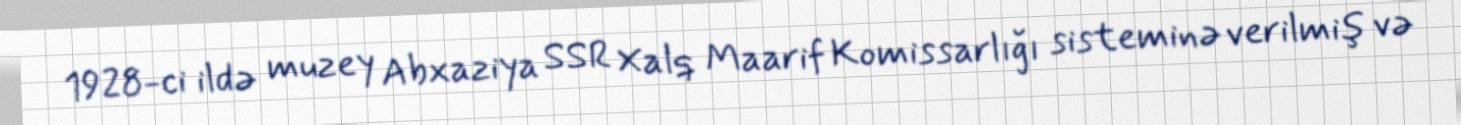
1928-ci ildə muzey Abxaziya SSR Xalq Maarif Komissarlığı sisteminə verilmiş və